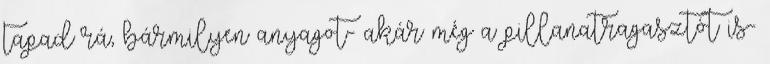
tapad rá, bármilyen anyagot- akár még a pillanatragasztót is-